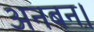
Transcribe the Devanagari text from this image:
अनबन।